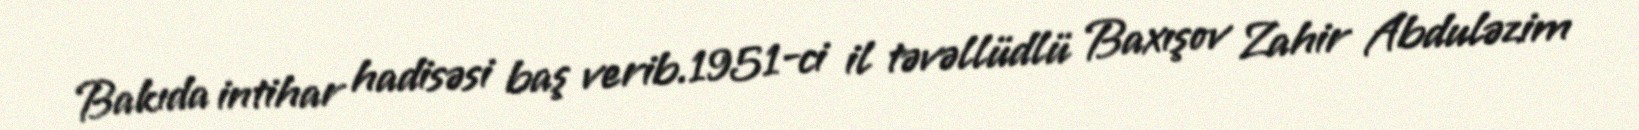
Bakıda intihar hadisəsi baş verib.1951-ci il təvəllüdlü Baxışov Zahir Abduləzim